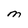
Character: M